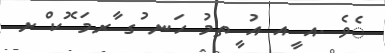
ެވެ .އ ީއ އު ީތމު ހަނ ުގ ާރމަ ޮކ ްށ